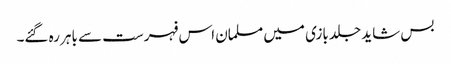
بس شاید جلد بازی میں مسلمان اس فہرست سے باہر رہ گئے۔